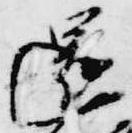
還